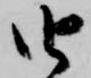
由